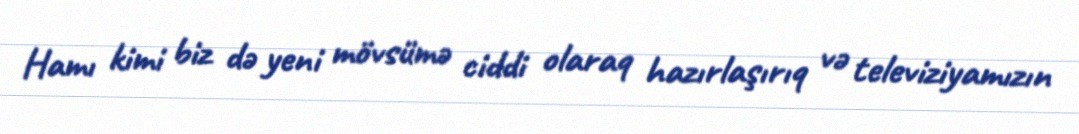
Hamı kimi biz də yeni mövsümə ciddi olaraq hazırlaşırıq və televiziyamızın